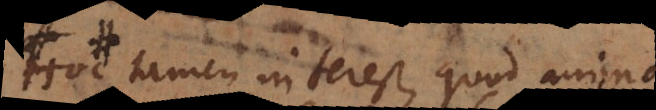
Hoc tamen interest, quod anima